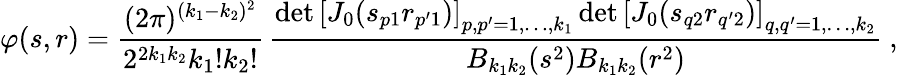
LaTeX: \varphi(s,r)=\frac{(2\pi)^{(k_{1}-k_{2})^{2}}}{2^{2k_{1}k_{2}}k_{1}!k_{2}!}\, \frac{\operatorname*{det}\left[J_{0}(s_{p1}r_{p^{\prime}1})\right]_{p,p^{\prime}=1,\ldots,k_{1}}\operatorname*{det}\left[J_{0}(s_{q2}r_{q^{\prime}2})\right]_{q,q^{\prime}=1,\ldots,k_{2}}}{B_{k_{1}k_{2}}(s^{2})B_{k_{1}k_{2}}(r^{2})}\ ,